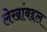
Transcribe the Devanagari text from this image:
लेखांबद्दल